Calcutta medical institutions reports 1879-81 [i.e.91]
Year: 1879
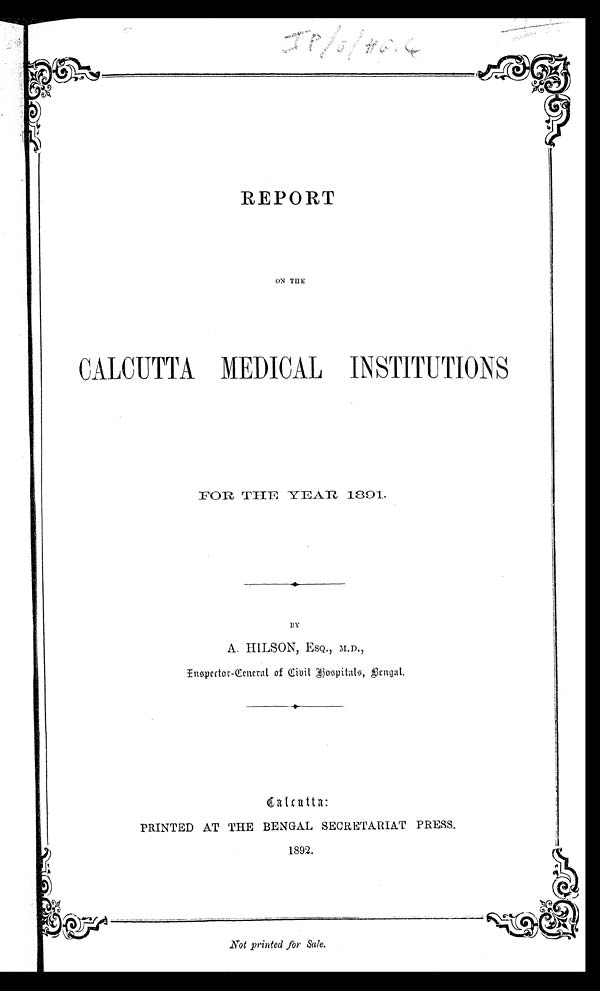
REPORT
ON THE
CALCUTTA MEDICAL INSTITUTIONS
FOR THE YEAR 1891,
BY
A. HILSON, ESQ., M.D.,
Inspector-General of Civil Hospitals, Bengal.
Calcutta:
PRINTED AT THE BENGAL SECRETARIAT PRESS,
1892.
Not printed for Sale.